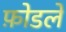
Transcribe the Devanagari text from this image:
फ़ोडले